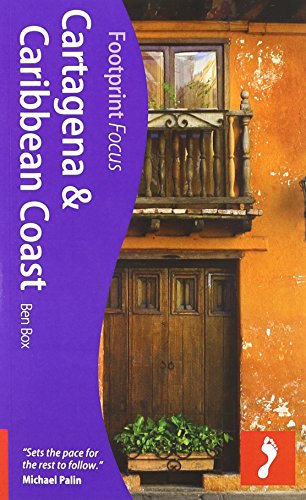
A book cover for Cartagena & Caribbean Coast: Footprint Focus Guide; Ben Box; Travel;